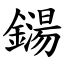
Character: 鐋